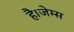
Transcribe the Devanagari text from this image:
है।जेम्स